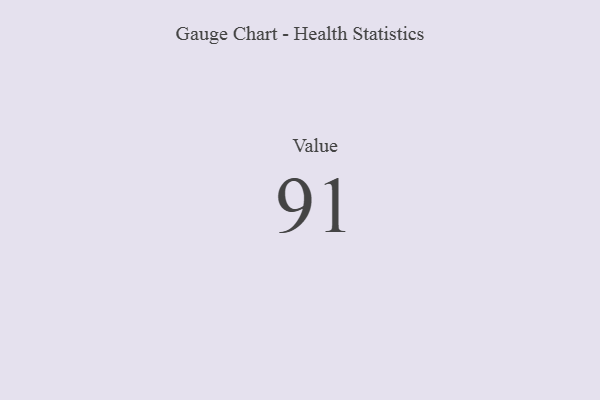
{"axis": {"x": "Metric", "y": "Value"}, "legend": [""], "data": [{"x": "Value", "y": 91, "type": ""}]}